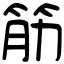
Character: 筋